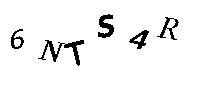
6NTS4R